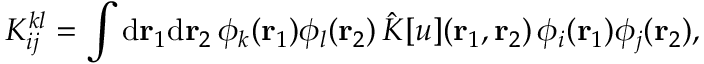
{ K } _ { i j } ^ { k l } = \int \mathrm { d } { \mathbf { r } _ { 1 } } \mathrm { d } { \mathbf { r } _ { 2 } } \, \phi _ { k } ( { \mathbf { r } _ { 1 } } ) \phi _ { l } ( { \mathbf { r } _ { 2 } } ) \, \hat { K } [ u ] ( { \mathbf { r } _ { 1 } } , { \mathbf { r } _ { 2 } } ) \, \phi _ { i } ( { \mathbf { r } _ { 1 } } ) \phi _ { j } ( { \mathbf { r } _ { 2 } } ) ,